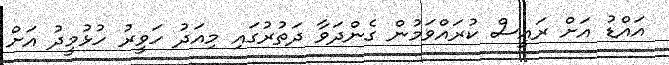
އައްޑު އަށް ރައީސް ކުރައްވަމުން ގެންދަވާ ދަތުރުގައި މިއަދު ހަވީރު ހުޅުމީދު އަށް